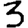
Digit: 3